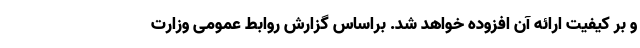
و بر کیفیت ارائه آن افزوده خواهد شد. براساس گزارش روابط عمومی وزارت